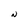
Character: N